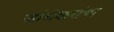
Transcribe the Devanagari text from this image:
जांभेकरांचा